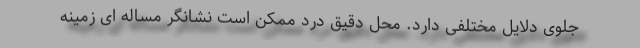
جلوی دلایل مختلفی دارد. محل دقیق درد ممکن است نشانگر مساله ای زمینه